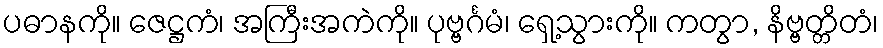
ပဓာနကို။ ဇေဋ္ဌကံ၊ အကြီးအကဲကို။ ပုဗ္ဗင်္ဂမံ၊ ရှေ့သွားကို။ ကတွာ, နိဗ္ဗတ္တိတံ၊